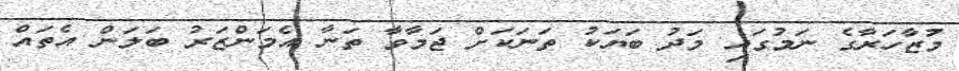
މުޒާހަރާގެ ނަމުގައި މަދު ބަޔަކު ތަނަކަށް ޖަމާވާ ތަނާ އެމަންޒަރު ބަލަން އެތައް